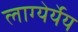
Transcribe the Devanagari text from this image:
लाग्येर्येय